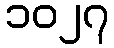
၁၀၂၇